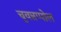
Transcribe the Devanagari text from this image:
चुवन्नप्पोल